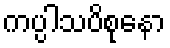
ကပ္ပါသပိစုနော